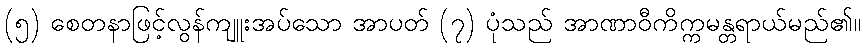
(၅) စေတနာဖြင့်လွန်ကျူးအပ်သော အာပတ် (၇) ပုံသည် အာဏာဝီကိက္ကမန္တရာယ်မည်၏။